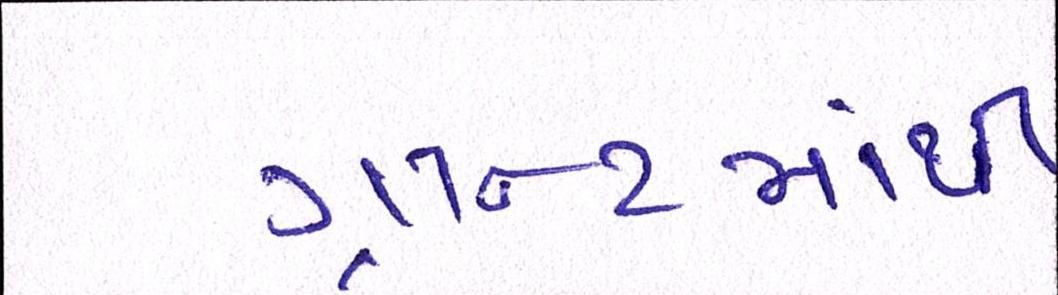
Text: ગ્રાન્ટમાંથી